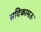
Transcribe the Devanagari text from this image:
सदिकामऊ